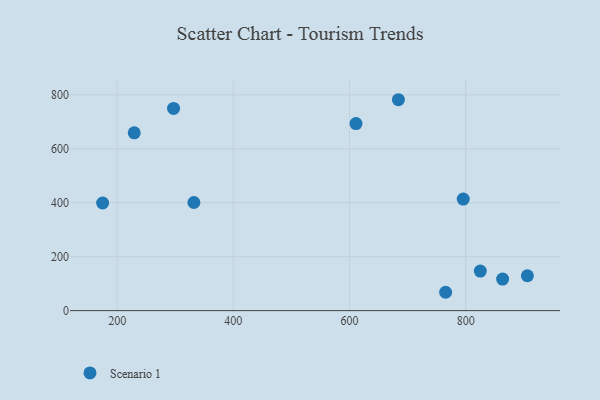
{"axis": {"x": "Ad Spend", "y": "Sales"}, "legend": ["Scenario 1"], "data": [{"x": "297.1", "y": 749.5, "type": "Scenario 1"}, {"x": "611.1", "y": 693.6, "type": "Scenario 1"}, {"x": "795.7", "y": 413.7, "type": "Scenario 1"}, {"x": "229.4", "y": 659.1, "type": "Scenario 1"}, {"x": "765.4", "y": 68.0, "type": "Scenario 1"}, {"x": "175.0", "y": 399.0, "type": "Scenario 1"}, {"x": "906.1", "y": 129.2, "type": "Scenario 1"}, {"x": "332.1", "y": 400.8, "type": "Scenario 1"}, {"x": "684.1", "y": 781.9, "type": "Scenario 1"}, {"x": "863.5", "y": 117.1, "type": "Scenario 1"}, {"x": "825.1", "y": 146.7, "type": "Scenario 1"}]}